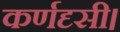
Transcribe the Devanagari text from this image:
कर्णदृसी।